Burma Government Medical School reports 1907-22
Year: 1907
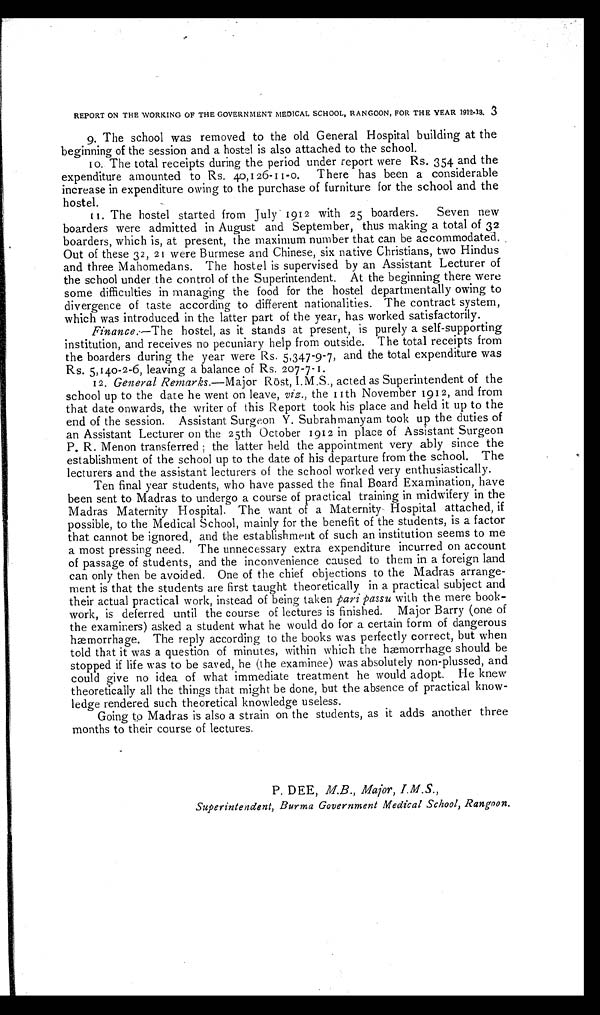
REPORT ON THE WORKING OF THE GOVERNMENT MEDICAL SCHOOL, RANGOON, FOR THE YEAR 1912-13. 3
9.The school was removed to the old General Hospital building at the
beginning of the session and a hostel is also attached to the school.
10.
begining total receipts during the period under report were Rs. 354 and the
expenditure amounted to Rs, 40,126-11-0. There has been a considerable
increase in expenditure owing to the purchase of furniture for the school and the
hostel.
I. The hostel started from July 1912 with 25 boarders. Seven new
boarders were admitted in August and September, thus making a total of 32
boarders, which is, at present, the maximum number that can be accommodated. .
Out of these 32, 21 were Burmese and Chinese, six native Christians, two Hindus
and three Mahomedans. The hostel is supervised by an Assistant Lecturer of
the school under the control of the Superintendent. At the beginning there were
some difficulties in managing the food for the hostel departmentally owing to
divergence of taste according to different nationalities. The contract system,
which was introduced in the latter part of the year, has worked satisfactorily.
Finance.--The hostel, as it stands at present, is purely a self-supporting
institution, and receives no pecuniary help from outside. The total receipts from
the boarders during the year were Rs. 5,347-9-7, and the total expenditure was
Rs. 5,140-2-6, leaving a balance of Rs. 207-7-1.
12. General Remarks.— Major Rost, I.M.S., acted as Superintendent of the
school up to the date he went on leave, viz., the 11th November 1912, and from
that date onwards, the writer of this Report took his place and held it up to the
end of the session. Assistant Surgeon Y. Subrahmanyam took up the duties of
an Assistant Lecturer on the 25th October 1912 in place of Assistant Surgeon
P. R. Menon transferred the latter held the appointment very ably since the
establishment of the school up to the date of his departure from the school. The
lecturers and the assistant lecturers of the school worked very enthusiastically.
Ten final year students, who have passed the final Board Examination, have
been sent to Madras to undergo a course of practical training in midwifery in the
Madras Maternity Hospital. The want of a Maternity Hospital attached, if
possible, to the Medical School, mainly for the benefit of the students, is a factor
that cannot be ignored, and the establishment of such an institution seems to me
a most pressing need. The unnecessary extra expenditure incurred on account
of passage of students, and the inconvenience caused to them in a foreign land
can only then be avoided. One of the chief objections to the Madras arrange-
ment is that the students are first taught theoretically in a practical subject and
their actual practical work, instead of being taken pail passe with the mere book-
work, is deferred until the course of lectures is finished. Major Barry (one of
the examiners) asked a student what he would do for a certain form of dangerous
hæmorrhage. The reply according to the books was perfectly correct, but when
told that it was a question of minutes, within which the hæmorrhage should be
stopped if life was to be saved, he (the examinee) was absolutely non-plussed, and
could give no idea of what immediate treatment he would adopt. He knew
theoretically all the things that might be done, but the absence of practical know-
ledge rendered such theoretical knowledge useless.
Going to Madras is also a strain on the students, as it adds another three
months to their course of lectures.
P. DEE, M.B., Major, I.M.S.,
Superintendent, Burma Government Medical School, Rangoon.